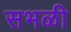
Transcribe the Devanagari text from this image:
सभळी